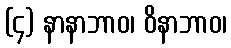
(၄) နာနာဘာဝ၊ ဝိနာဘာဝ၊